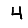
Digit: 4